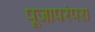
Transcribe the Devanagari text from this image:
पूजापरंपरा